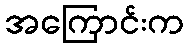
အကြောင်းက